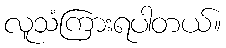
လူသံကြားရပါတယ်။